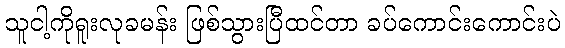
သူငါ့ကိုရူးလုခမန်း ဖြစ်သွားပြီထင်တာ ခပ်ကောင်းကောင်းပဲ